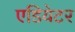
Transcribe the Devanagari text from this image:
एडियेटर